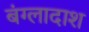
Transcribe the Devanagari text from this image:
बंग्लादाश